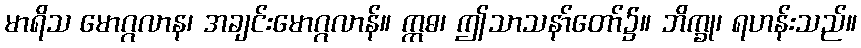
မာရိသ မောဂ္ဂလာန၊ အချင်းမောဂ္ဂလာန်။ ဣဓ၊ ဤသာသနာ်တော်၌။ ဘိက္ခု၊ ရဟန်းသည်။